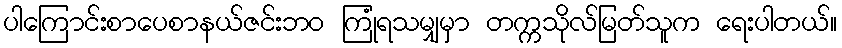
ပါကြောင်းစာပေစာနယ်ဇင်းဘဝ ကြုံရသမျှမှာ တက္ကသိုလ်မြတ်သူက ရေးပါတယ်။